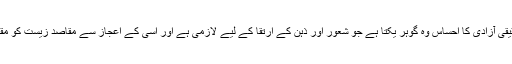
ان کا خیال تھا کہ اپنی اصلیت کے اعتبار سے حقیقی آزادی کا احساس وہ گوہر یکتا ہے جو شعور اور ذہن کے ارتقا کے لیے لازمی ہے اور اسی کے اعجاز سے مقاصد زیست کو مقاصد کی رفعت میں ہمدوش ثریا کیا جا سکتا ہے۔